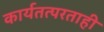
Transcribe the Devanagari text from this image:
कार्यतत्परताही